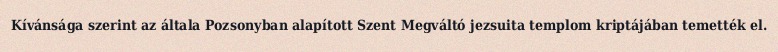
Kívánsága szerint az általa Pozsonyban alapított Szent Megváltó jezsuita templom kriptájában temették el.